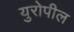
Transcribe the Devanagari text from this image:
युरोपील